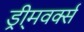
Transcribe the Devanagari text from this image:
ड्री्मवर्क्स